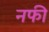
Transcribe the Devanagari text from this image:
नफी